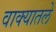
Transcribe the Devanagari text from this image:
वाक्यातले